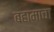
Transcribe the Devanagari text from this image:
बहामाचा